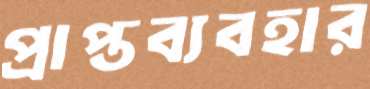
প্রাপ্তব্যবহার